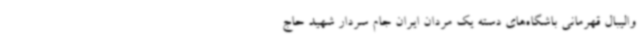
والیبال قهرمانی باشگاه‌های دسته یک مردان ایران جام سردار شهید حاج